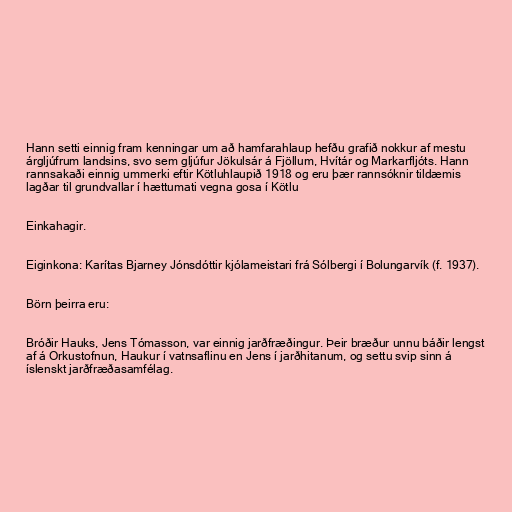
Hann setti einnig fram kenningar um að hamfarahlaup hefðu grafið nokkur af mestu
árgljúfrum landsins, svo sem gljúfur Jökulsár á Fjöllum, Hvítár og Markarfljóts. Hann
rannsakaði einnig ummerki eftir Kötluhlaupið 1918 og eru þær rannsóknir tildæmis
lagðar til grundvallar í hættumati vegna gosa í Kötlu

Einkahagir.

Eiginkona: Karítas Bjarney Jónsdóttir kjólameistari frá Sólbergi í Bolungarvík (f. 1937).

Börn þeirra eru:

Bróðir Hauks, Jens Tómasson, var einnig jarðfræðingur. Þeir bræður unnu báðir lengst
af á Orkustofnun, Haukur í vatnsaflinu en Jens í jarðhitanum, og settu svip sinn á
íslenskt jarðfræðasamfélag.